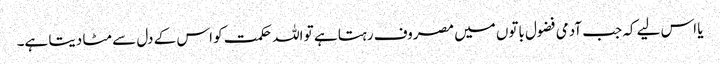
یا اس لیے کہ جب آدمی فضول باتوں میں مصروف رہتا ہے تو اللہ حکمت کو اس کے دل سے مٹا دیتا ہے۔